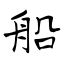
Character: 船